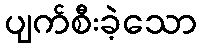
ပျက်စီးခဲ့သော